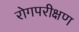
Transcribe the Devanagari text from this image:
रोगपरीक्षण